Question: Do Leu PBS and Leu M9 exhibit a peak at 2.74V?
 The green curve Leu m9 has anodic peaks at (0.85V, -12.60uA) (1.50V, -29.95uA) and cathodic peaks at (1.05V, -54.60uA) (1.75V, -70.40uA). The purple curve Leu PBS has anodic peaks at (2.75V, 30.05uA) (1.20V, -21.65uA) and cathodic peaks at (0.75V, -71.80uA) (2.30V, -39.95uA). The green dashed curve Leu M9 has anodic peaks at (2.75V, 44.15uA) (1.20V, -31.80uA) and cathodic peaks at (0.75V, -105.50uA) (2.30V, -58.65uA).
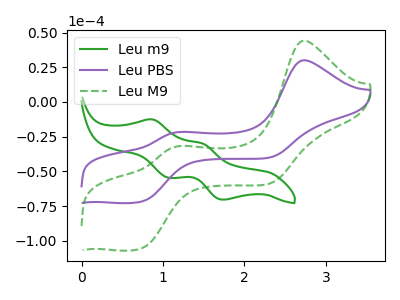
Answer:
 <answer>Yes, "Leu PBS" and "Leu M9" share a peak at 2.74V.</answer>
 <eval>match</eval>